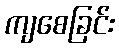
ကျစေခြင်း